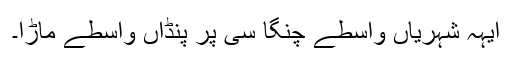
ایہہ شہریاں واسطے چنگا سی پر پنڈاں واسطے ماڑا۔